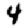
Digit: 4